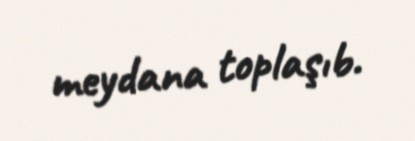
meydana toplaşıb.